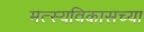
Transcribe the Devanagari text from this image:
मत्स्यविकासच्या